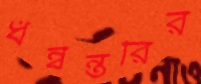
ধন্বন্তরির